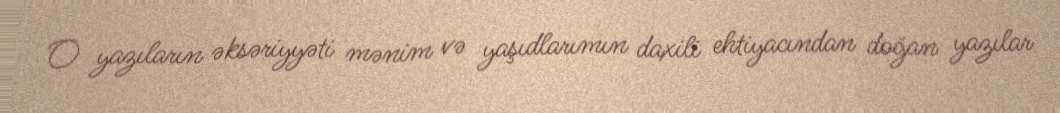
O yazıların əksəriyyəti mənim və yaşıdlarımın daxili ehtiyacından doğan yazılar